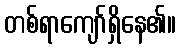
တစ်ရာကျော်ရှိနေ၏။